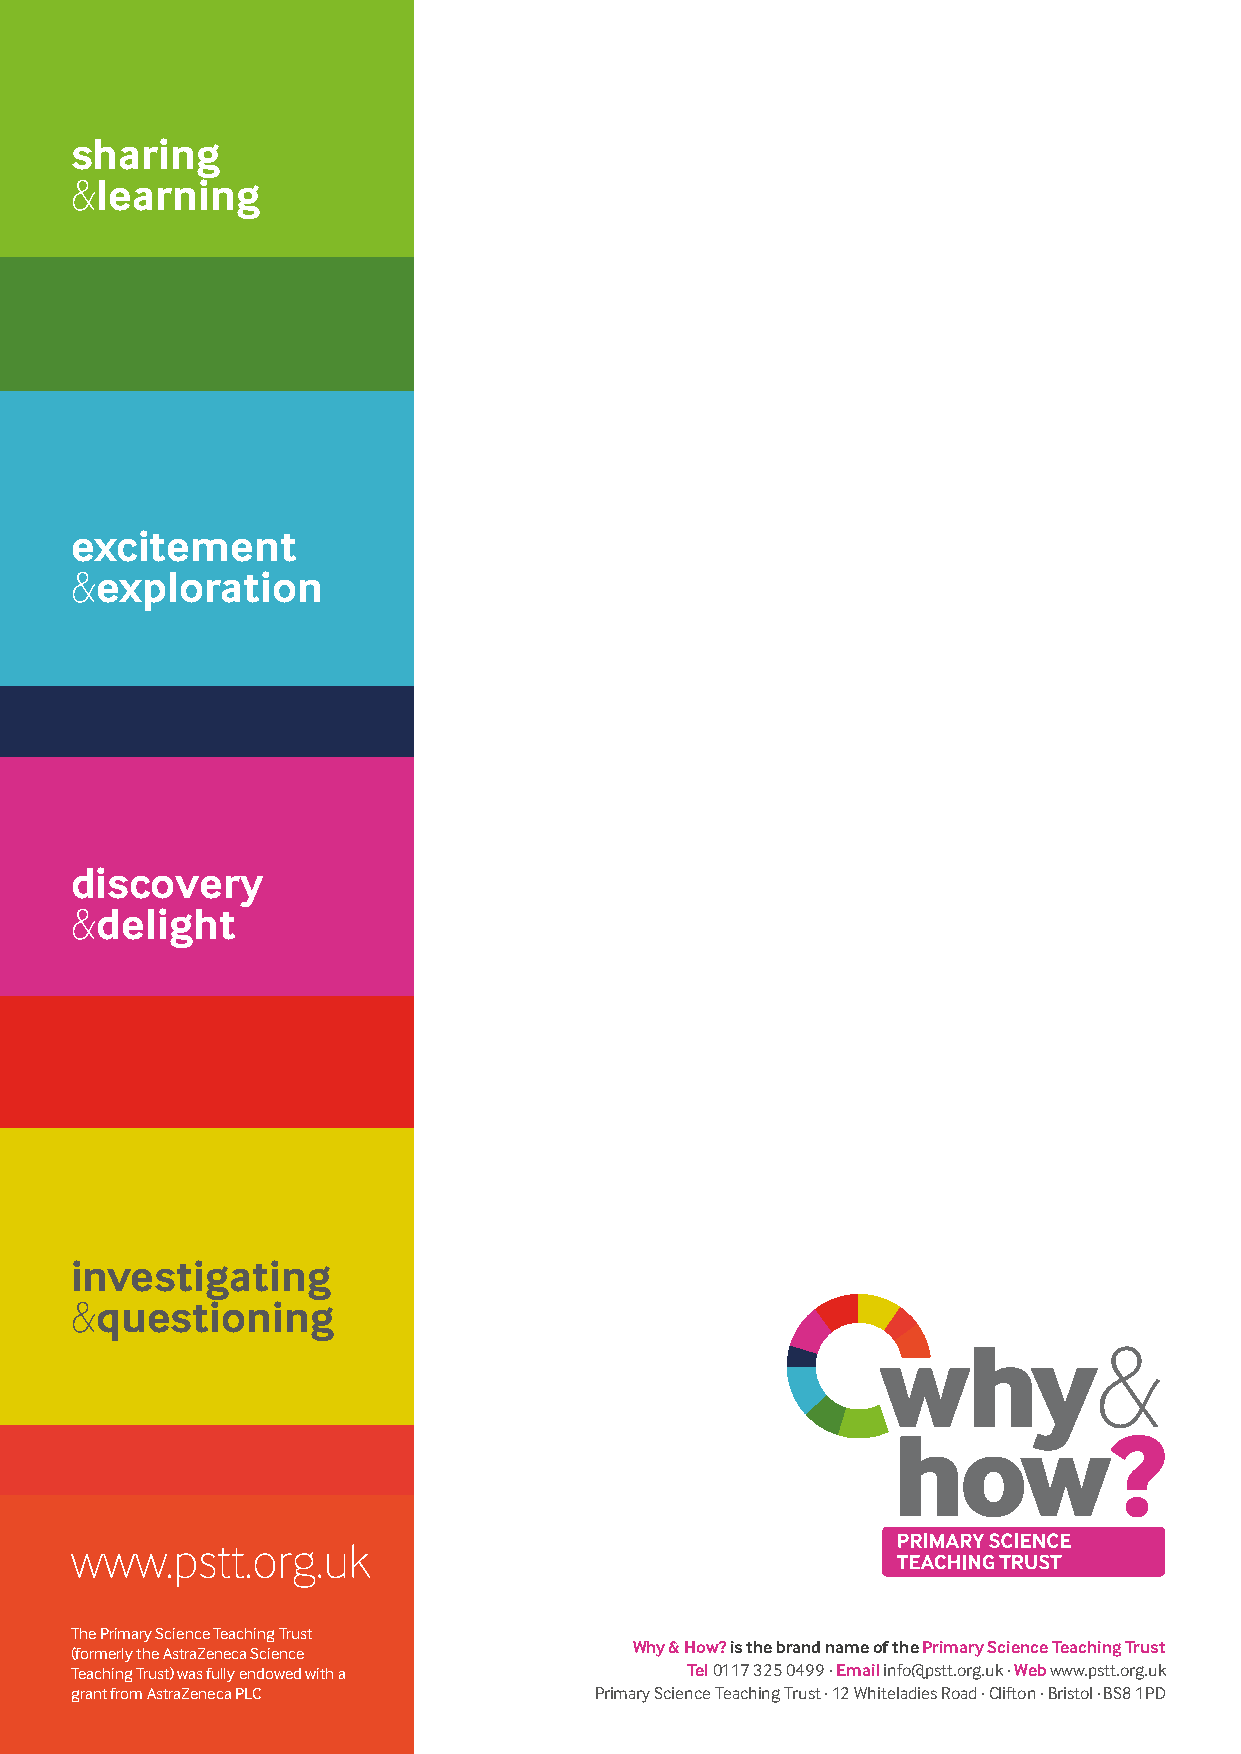
sharing
 &learning
 excitement
 &exploration
 discovery
 &delight
 investigating
 &questioning
 why&
 how?
 www.pstt.org.uk
 The Primary Science Teaching Trust
 Why & How? is the brand name of the Primary Science Teaching Trust
 (formerly the AstraZeneca Science
 Teaching Trust) was fully endowed with a Tel 0117 325 0499 . Email info@pstt.org.uk . Web www.pstt.org.uk
 grant from AstraZeneca PLC        Primary Science Teaching Trust . 12 Whiteladies Road . Clifton . Bristol . BS8 1PD